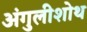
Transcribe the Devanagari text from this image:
अंगुलीशोथ